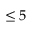
\leq 5